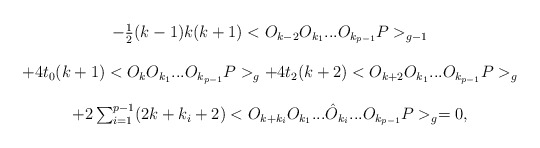
\begin{align*}\begin{array}{c}-\frac{1}{2} (k-1)k(k+1)<O_{k-2} O_{k_{1}} ... O_{k_{p-1}}P>_{g-1} \\ \\+4t_{0} (k+1)<O_{k} O_{k_{1}} ... O_{k_{p-1}}P>_{g}+4t_{2} (k+2)<O_{k+2} O_{k_{1}} ... O_{k_{p-1}}P>_{g} \\ \\ +2 \sum _{i=1}^{p-1} (2k +k_{i} +2) <O_{k+k_{i}}O_{k_{1}}...\hat{O}_{k_{i}}...O_{k_{p-1}} P>_{g}=0, \end{array}\end{align*}